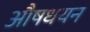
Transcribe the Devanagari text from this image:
औषधयन